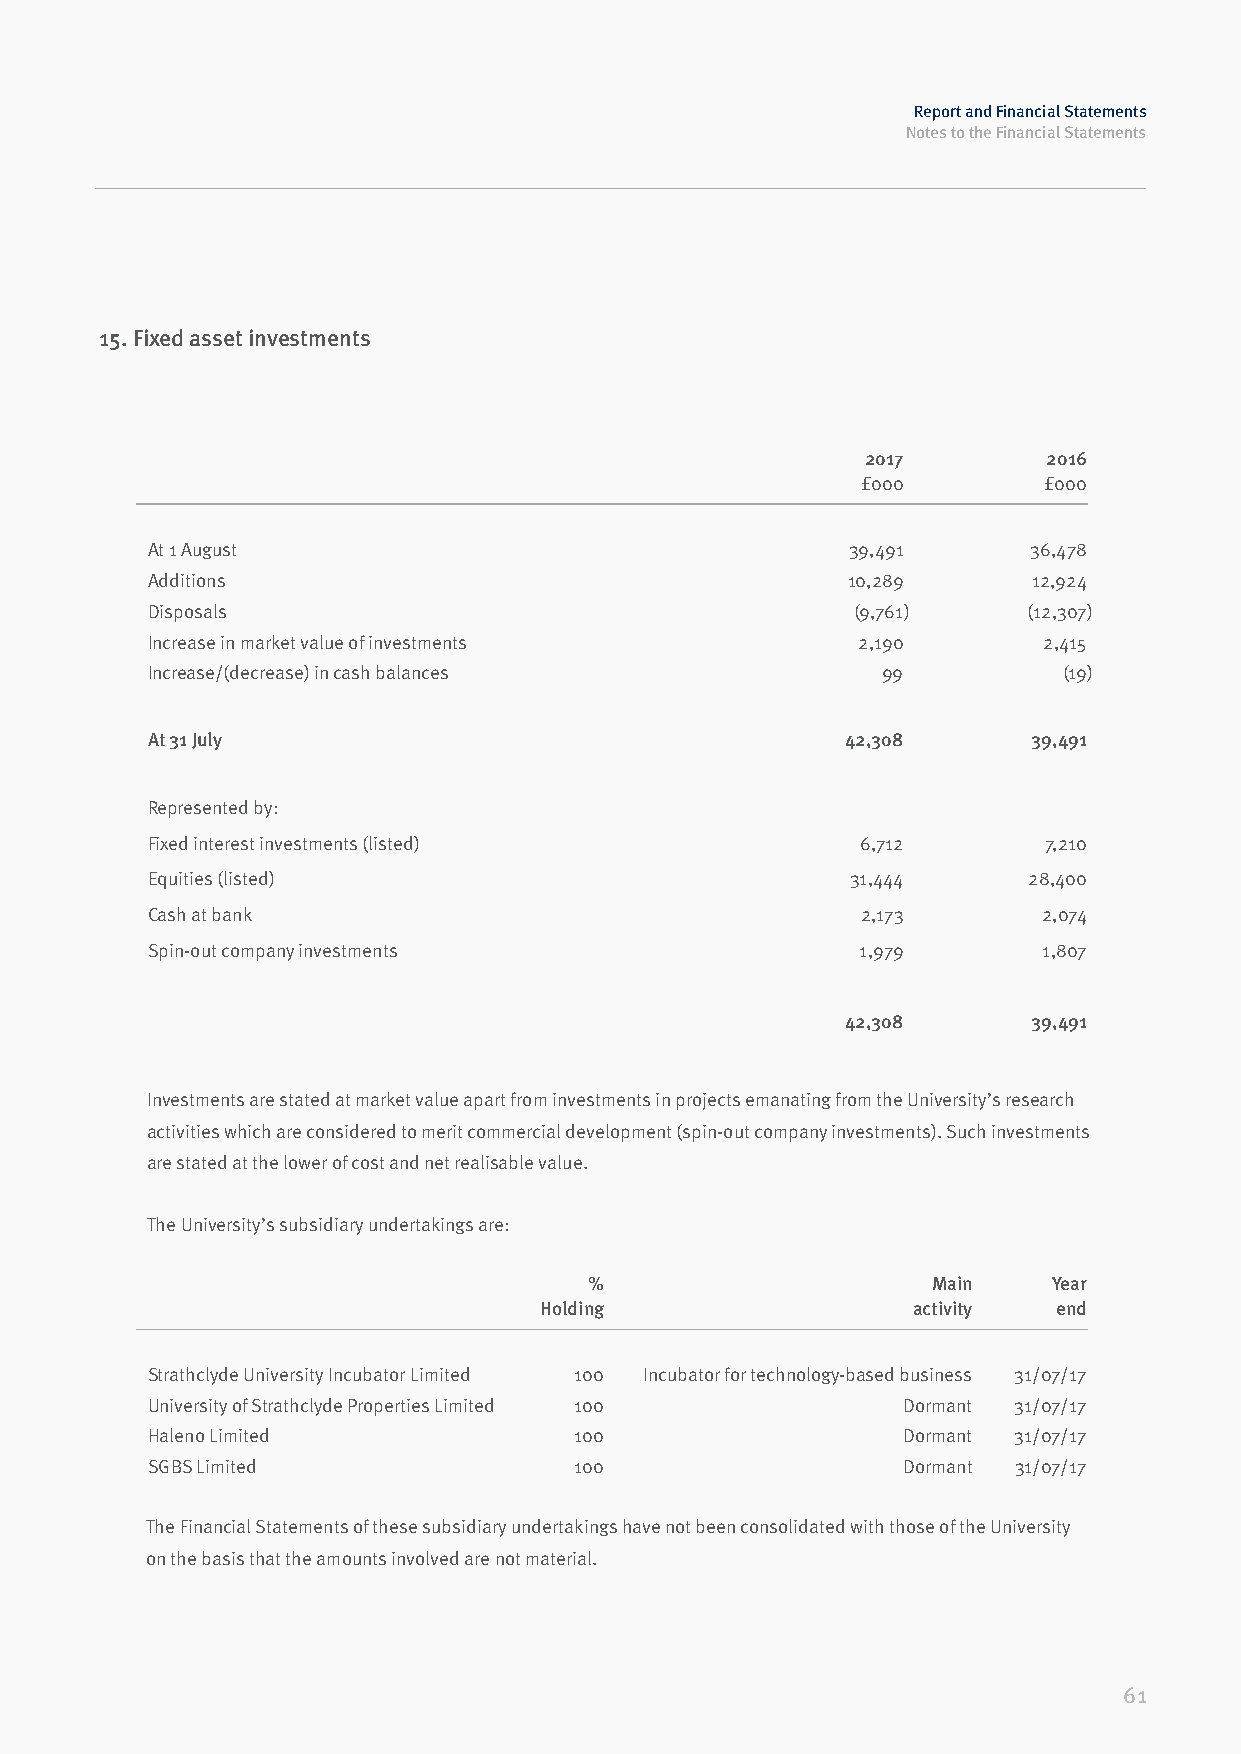
Report and Financial Statements
 Notes to the Financial Statements
 15. Fixed asset investments
 2017        2016
 £000        £000
 At 1 August                                   39,491      36,478
 Additions                                     10,289      12,924
 Disposals                                     (9,761)     (12,307)
 Increase in market value of investments        2,190       2,415
 Increase/(decrease) in cash balances            99          (19)
 At 31 July                                    42,308      39,491
 Represented by:
 Fixed interest investments (listed)            6,712       7,210
 Equities (listed)                             31,444      28,400
 Cash at bank                                   2,173       2,074
 Spin-out company investments                   1,979       1,807
 42,308      39,491
 Investments are stated at market value apart from investments in projects emanating from the University’s research
 activities which are considered to merit commercial development (spin-out company investments). Such investments
 are stated at the lower of cost and net realisable value.
 The University’s subsidiary undertakings are:
 %                      Main    Year
 Holding                 activity  end
 Strathclyde University Incubator Limited 100 Incubator for technology-based business 31/07/17
 University of Strathclyde Properties Limited 100  Dormant 31/07/17
 Haleno Limited              100                   Dormant 31/07/17
 SGBS Limited                100                   Dormant 31/07/17
 The Financial Statements of these subsidiary undertakings have not been consolidated with those of the University
 on the basis that the amounts involved are not material.
 61